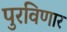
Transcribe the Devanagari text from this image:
पुरविणार